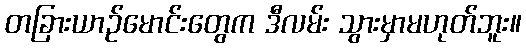
တခြားယာဉ်မောင်းတွေက ဒီလမ်း သွားမှာမဟုတ်ဘူး။